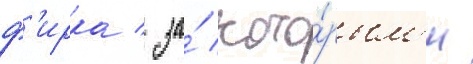
ф'ирка / за́ кото́рым'и